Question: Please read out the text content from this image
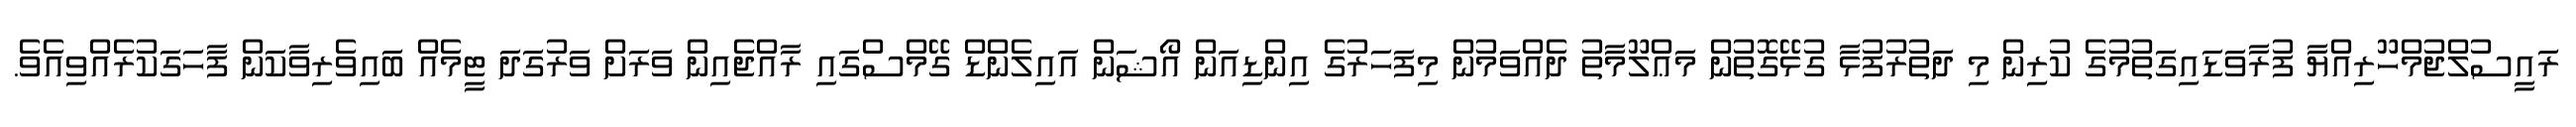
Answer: ރައީސުލްޖުމްހޫރިއްޔާ ފުރާވަޑައިގަތުމުގެ ކުރިން މި ދަތުރުފުޅާ ގުޅޭގޮތުން މަޢްލޫމާތު ދެއްވަމުން މިފަހަރުގެ އިންޑިއަން އޯޝަން އައިލެންޑް ގޭމްސްގައި ރާއްޖެއިން ވަރަށް ވަރުގަދަ ޓީމެއް ބައިވެރިވާކަން ފާހަގަކުރެއްވިއެވެ.